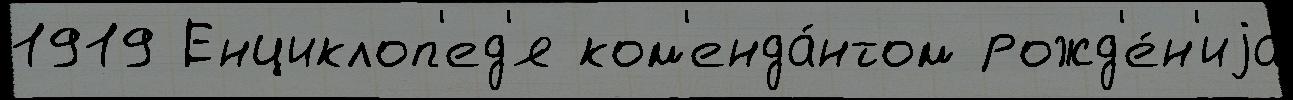
1919 Енциклоп'ед'я ком'енда́нтом рожд'е́н'иjа